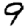
Digit: 9